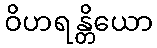
ဝိဟရန္တိယော